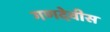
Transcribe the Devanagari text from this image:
गणदेवीस